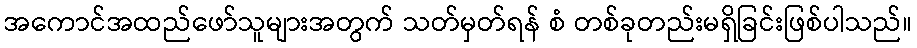
အကောင်အထည်ဖော်သူများအတွက် သတ်မှတ်ရန် စံ တစ်ခုတည်းမရှိခြင်းဖြစ်ပါသည်။